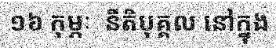
១៦ កុម្ភៈ  នីតិបុគ្គល នៅក្នុង